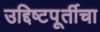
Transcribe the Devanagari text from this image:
उद्दिष्टपूर्तीचा